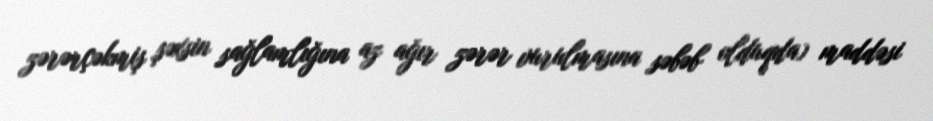
zərərçəkmiş şəxsin sağlamlığına az ağır zərər vurulmasına səbəb olduqda) maddəsi